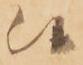
候